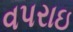
વપરાઇ